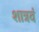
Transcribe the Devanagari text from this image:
शात्रवं